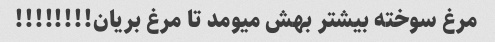
مرغ سوخته بیشتر بهش میومد تا مرغ بریان!!!!!!!!